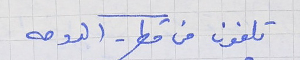
تلفون من قطر - الدوحه